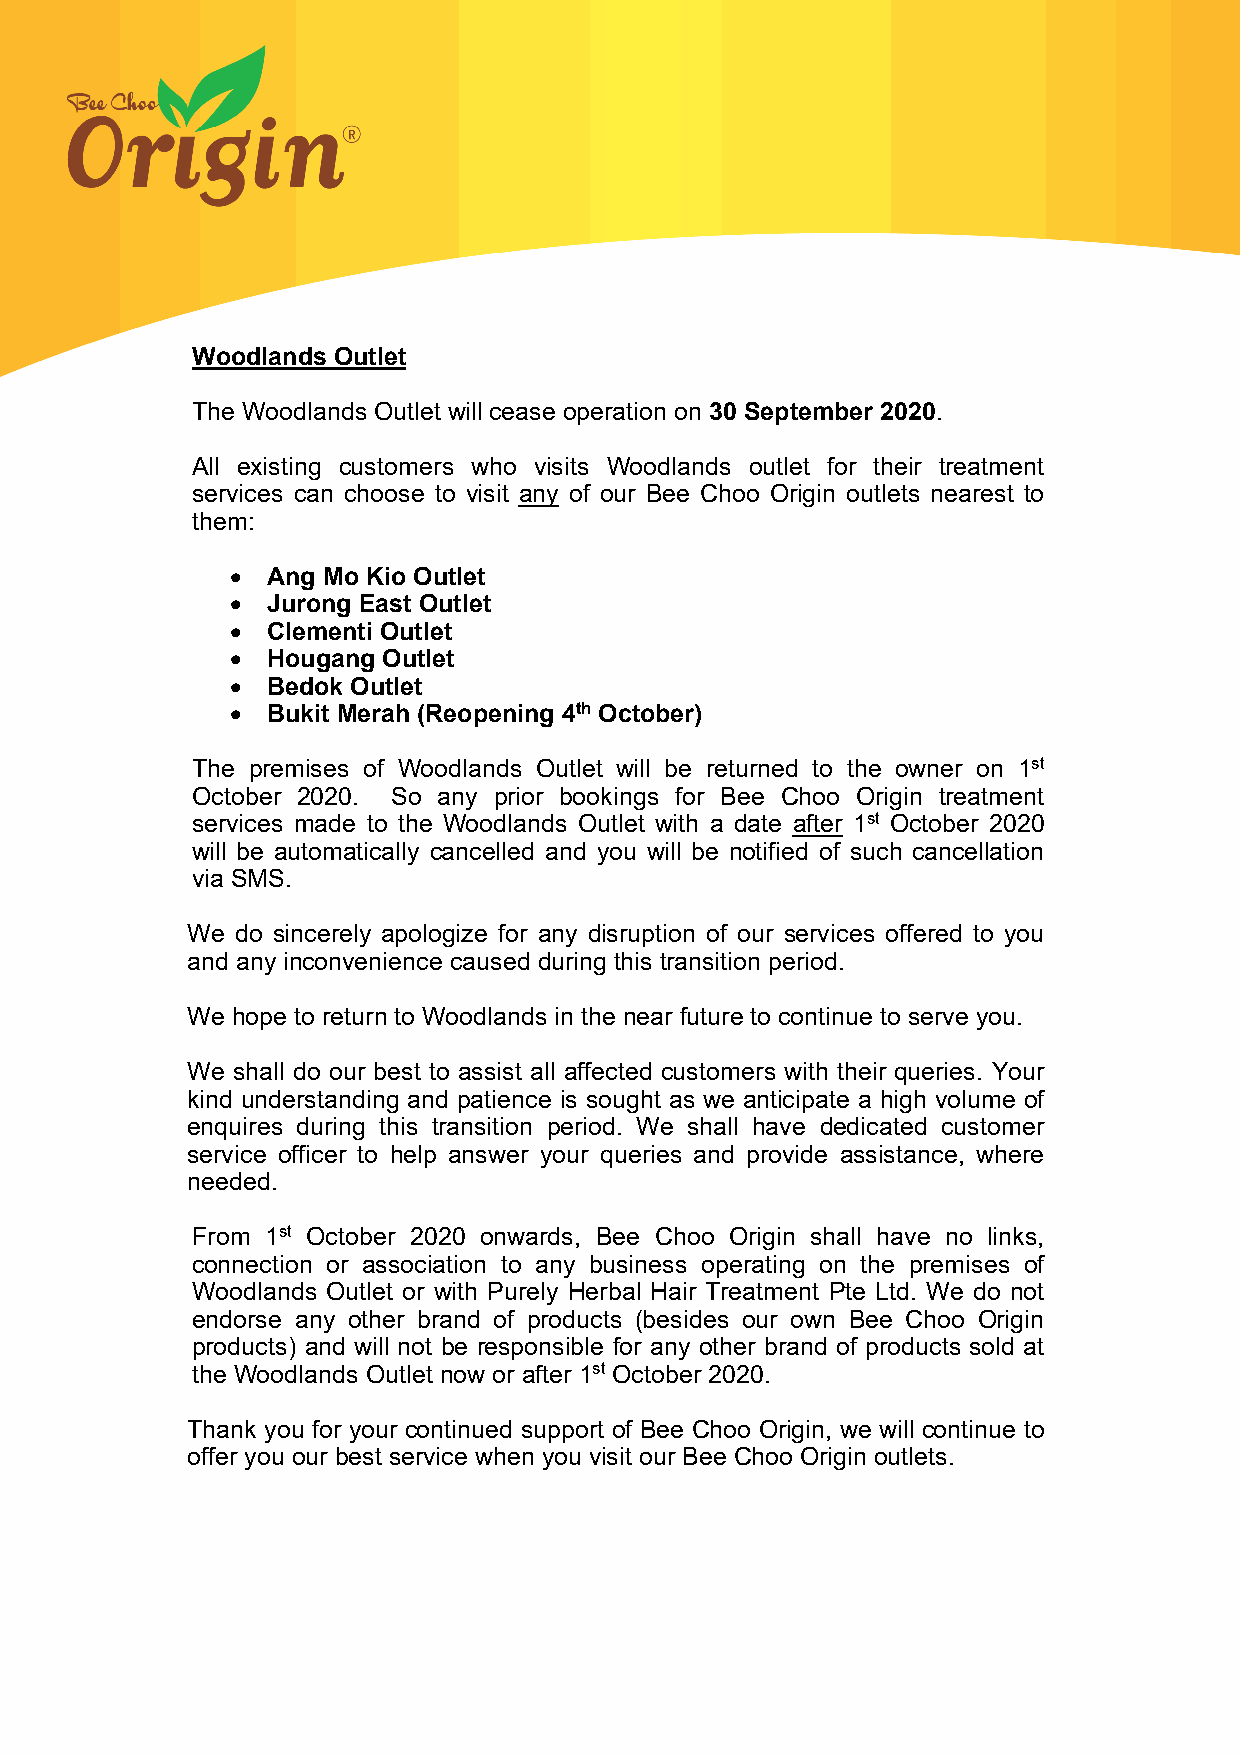
Woodlands Outlet
 The Woodlands Outlet will cease operation on 30 September 2020.
 All existing customers who visits Woodlands outlet for their treatment
 services can choose to visit any of our Bee Choo Origin outlets nearest to
 them:
 •  Ang Mo Kio Outlet
 •  Jurong East Outlet
 •  Clementi Outlet
 •  Hougang Outlet
 •  Bedok Outlet
 •  Bukit Merah (Reopening 4th October)
 The premises of Woodlands Outlet will be returned to the owner on 1st
 October 2020. So any prior bookings for Bee Choo Origin treatment
 services made to the Woodlands Outlet with a date after 1st October 2020
 will be automatically cancelled and you will be notified of such cancellation
 via SMS.
 We  do sincerely apologize for any disruption of our services offered to you
 and any inconvenience caused during this transition period.
 We hope to return to Woodlands in the near future to continue to serve you.
 We shall do our best to assist all affected customers with their queries. Your
 kind understanding and patience is sought as we anticipate a high volume of
 enquires during this transition period. We shall have dedicated customer
 service officer to help answer your queries and provide assistance, where
 needed.
 From 1st October 2020 onwards, Bee Choo Origin shall have no links,
 connection or association to any business operating on the premises of
 Woodlands Outlet or with Purely Herbal Hair Treatment Pte Ltd. We do not
 endorse any other brand of products (besides our own Bee Choo Origin
 products) and will not be responsible for any other brand of products sold at
 the Woodlands Outlet now or after 1st October 2020.
 Thank you for your continued support of Bee Choo Origin, we will continue to
 offer you our best service when you visit our Bee Choo Origin outlets.